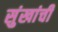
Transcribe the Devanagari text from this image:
सुंखांची